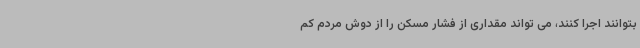
بتوانند اجرا کنند، می تواند مقداری از فشار مسکن را از دوش مردم کم